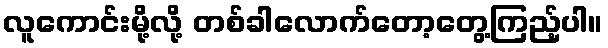
လူကောင်းမို့လို့ တစ်ခါလောက်တော့တွေ့ကြည့်ပါ။